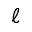
\ell